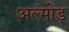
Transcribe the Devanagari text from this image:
अल्मोड़